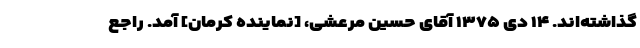
گذاشته‌اند. ۱۴ دی ۱۳۷۵ آقای حسین مرعشی، [نماینده کرمان] آمد. راجع